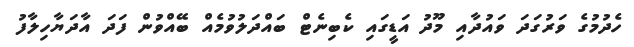
ހެދުމުގެ ވަރުގަދަ ވައުދާއި މޫދު އަޑީގައި ކެބިނެޓް ބައްދަލުވުމެއް ބޭއްވުން ފަދަ އާދަޔާހިލާފު